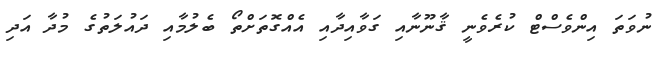
ނުވަތަ އިންވެސްޓް ކުރެވެނީ ޤާނޫނާއި ގަވާއިދާއި އެއްގޮތަށްތޯ ބެލުމާއި ދައުލަތުގެ މުދާ އަދި